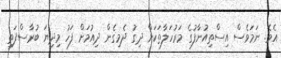
އެވެ. ނަމަވެސް އިސްތިއުނާފުގެ މަރުހަލާތަކަށް ދިގު ދެމިގެން ދިއުމަށް ފަހު މިދިޔަ ބުރާސްފަތި